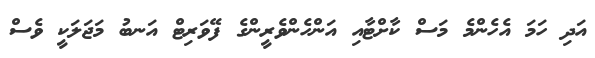
އަދި ހަމަ އެހެންމެ މަސް ކާށްޓާއި އަންހެންވެރީންގެ ފޭވަރިޓް އަނބު މަޖަލަކީ ވެސް